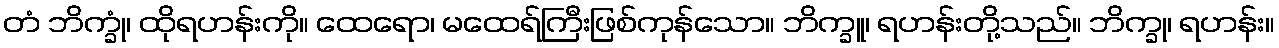
တံ ဘိက္ခုံ၊ ထိုရဟန်းကို။ ထေရော၊ မထေရ်ကြီးဖြစ်ကုန်သော။ ဘိက္ခူ၊ ရဟန်းတို့သည်။ ဘိက္ခု၊ ရဟန်း။